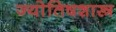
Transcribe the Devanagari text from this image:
ज्याेतिषशास्त्र